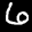
Label: 6